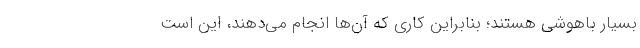
بسیار باهوشی هستند؛ بنابراین کاری که آن‌ها انجام می‌دهند، این است